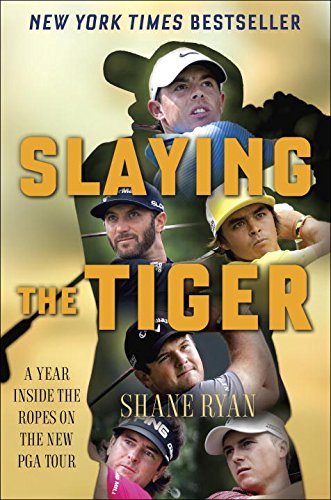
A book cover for Slaying the Tiger: A Year Inside the Ropes on the New PGA Tour; Shane Ryan; Biographies & Memoirs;